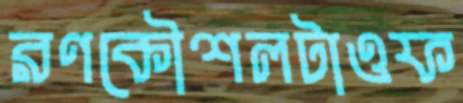
রণকৌশলটাওফ